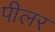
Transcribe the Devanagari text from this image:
पीलर